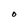
Character: O